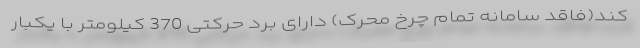
کند(فاقد سامانه تمام چرخ محرک) دارای برد حرکتی 370 کیلومتر با یکبار